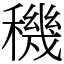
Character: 穖